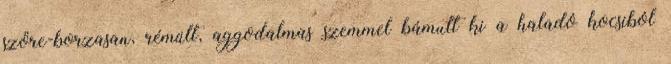
szőre-borzasan, rémült, aggodalmas szemmel bámult ki a haladó kocsiból